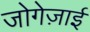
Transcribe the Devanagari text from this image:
जोगेज़ाई